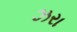
ઝરા